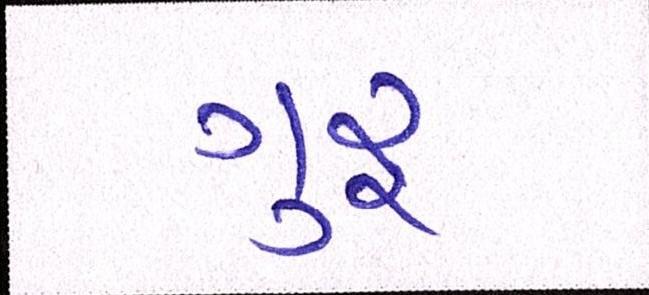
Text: ગુરૃ